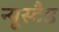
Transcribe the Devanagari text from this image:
न्यूस्टैड